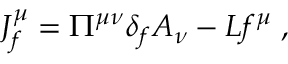
J _ { f } ^ { \mu } = \Pi ^ { \mu \nu } \delta _ { f } A _ { \nu } - { \cal L } f ^ { \mu } \; ,